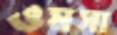
ওমসা